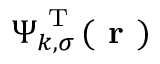
\boldsymbol { \Psi } _ { k , \sigma } ^ { \mathrm { ~ T ~ } } ( \boldsymbol { \textbf { r } } )